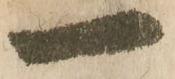
一